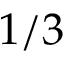
1 / 3